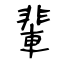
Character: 輩